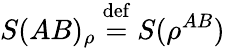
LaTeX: S(AB)_{\rho}\ {\stackrel{\mathrm{def}}{=}}\ S(\rho^{AB})